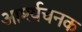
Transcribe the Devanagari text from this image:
आर्श्यचनक